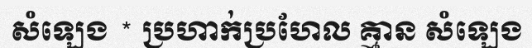
សំឡេង * ប្រហាក់ប្រហែល គ្មាន សំឡេង